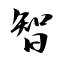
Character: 智